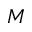
M